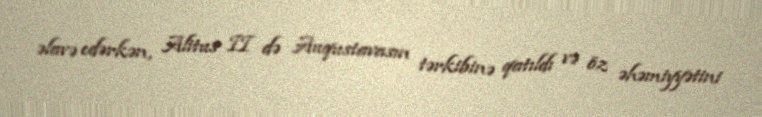
əlavə edərkən, Alitus II də Auqustavasın tərkibinə qatıldı və öz əhəmiyyətini